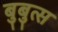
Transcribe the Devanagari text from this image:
बुबुत्स